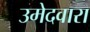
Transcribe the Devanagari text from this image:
उमेदवारा